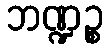
ဘဏ္ဍဉ္စ